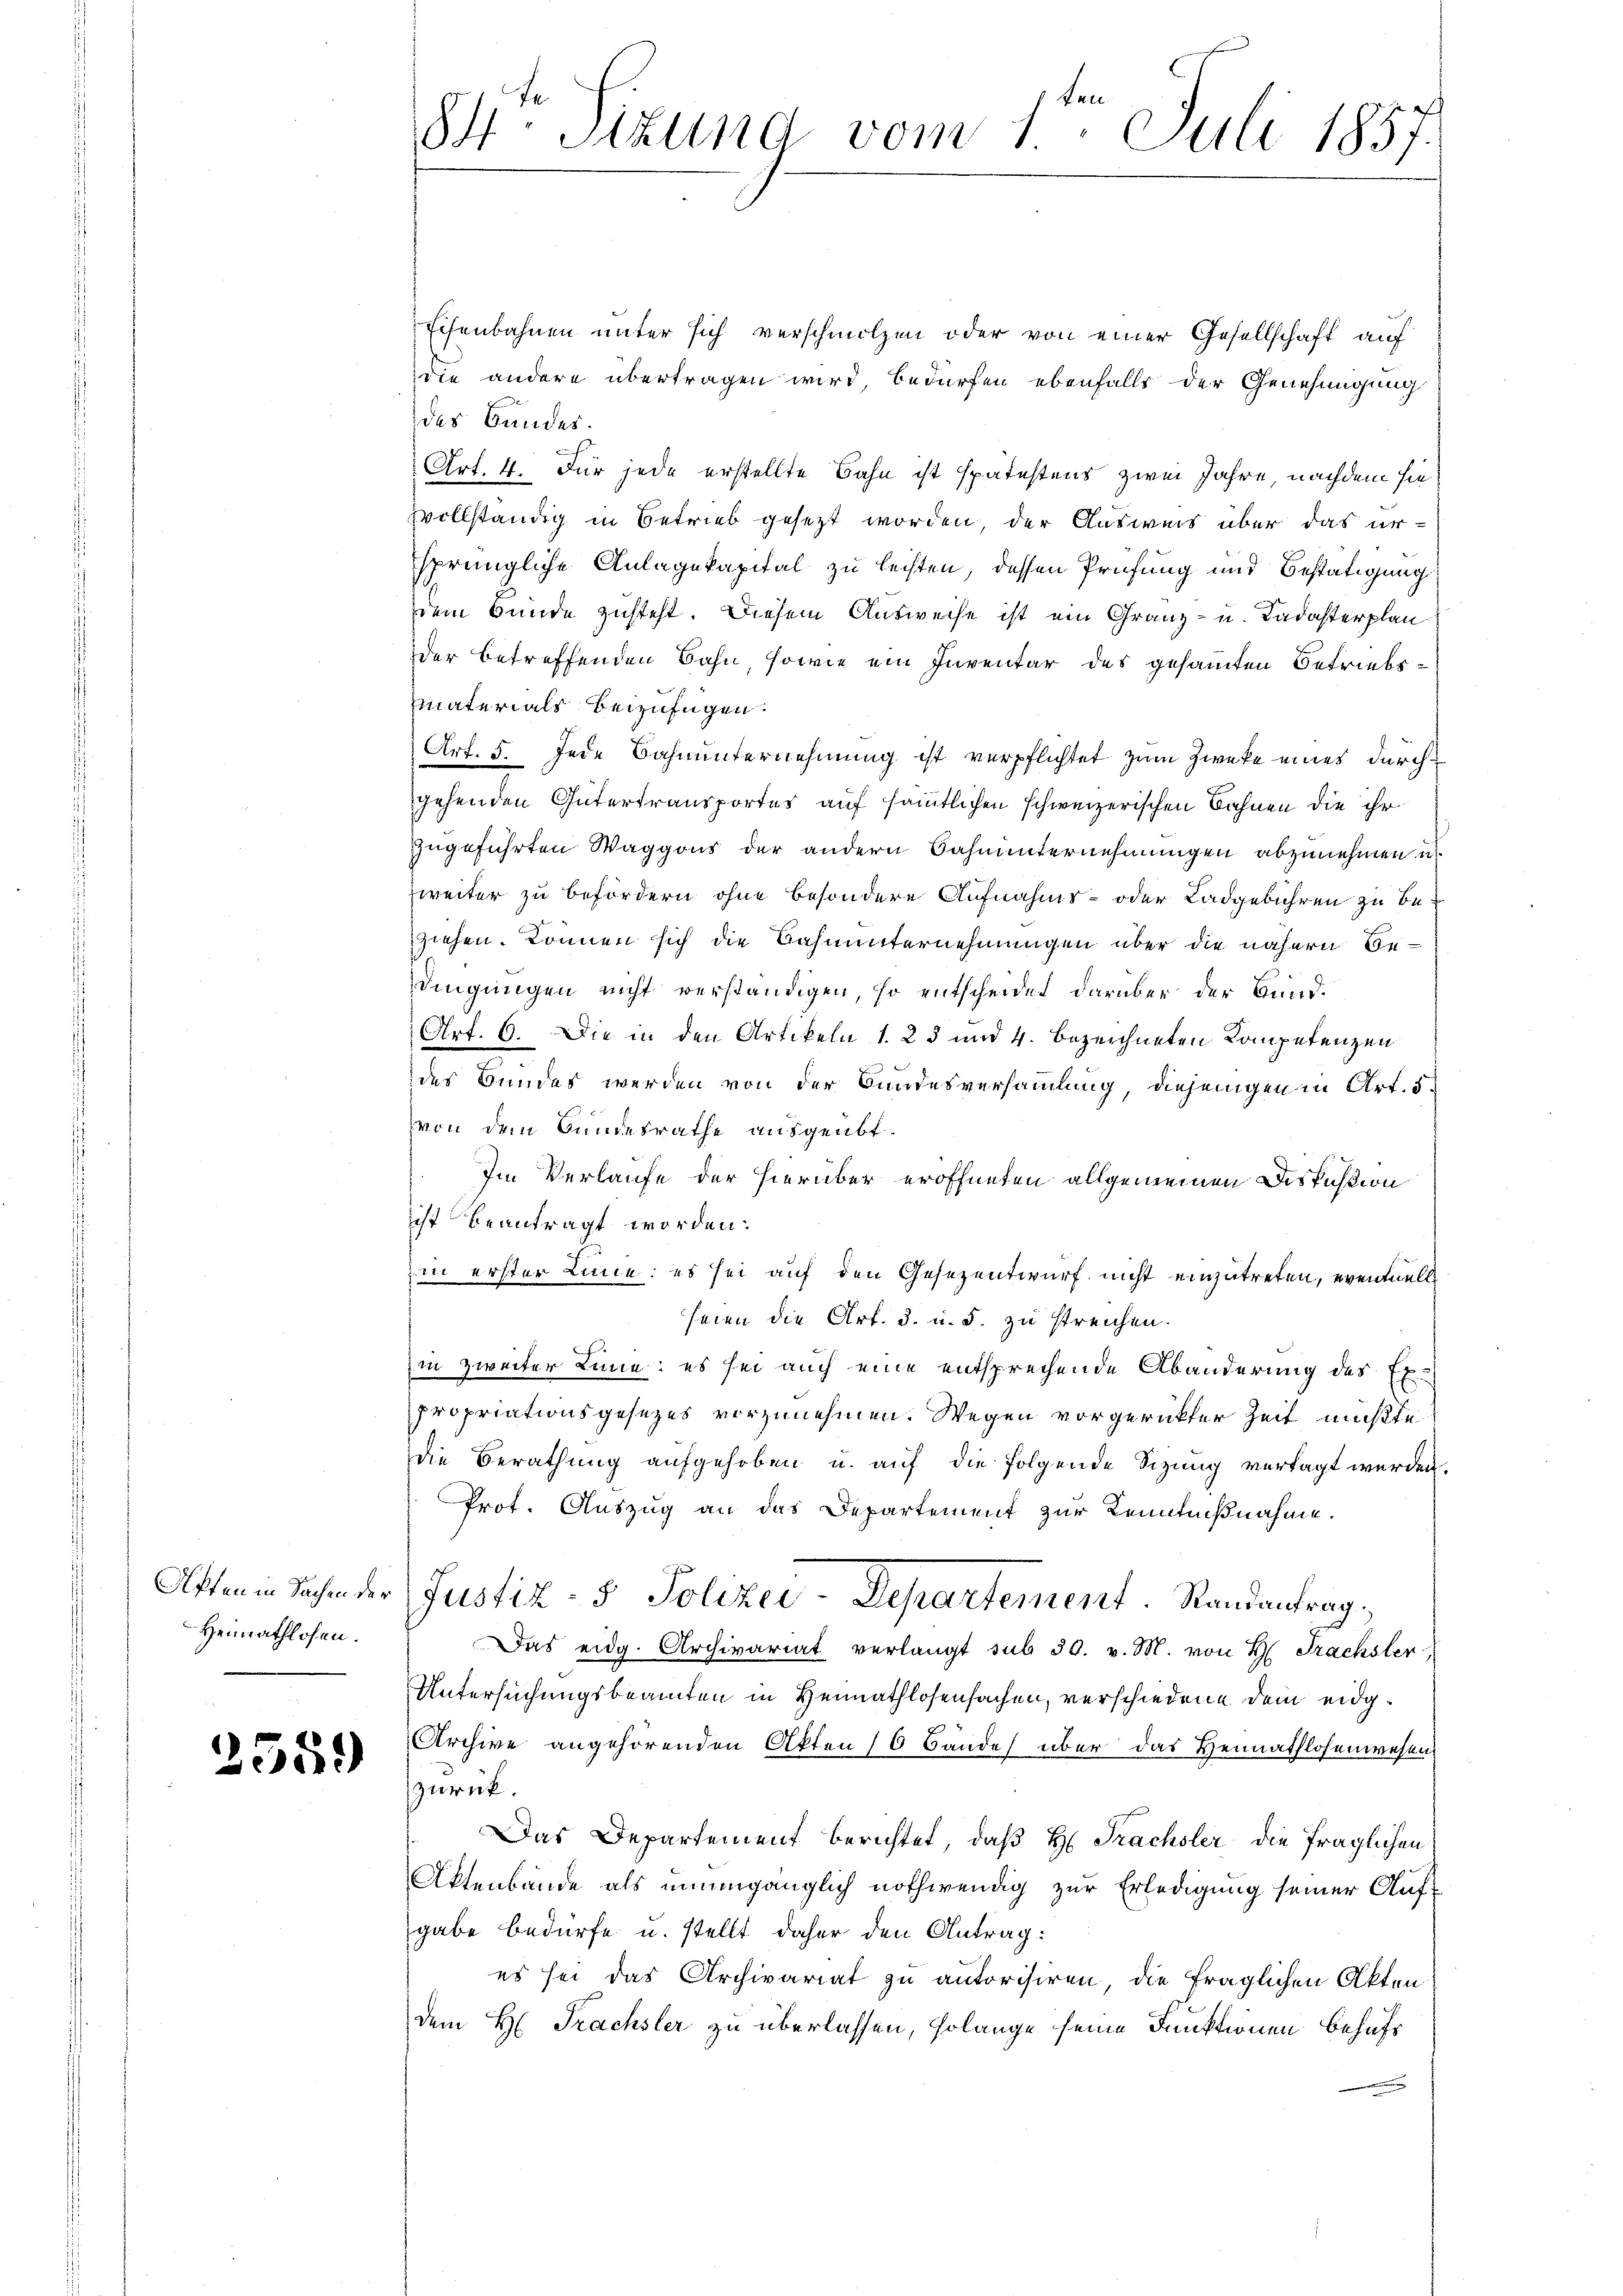
Heimathlosen.

2559)

ten
84. Sitzung vom 1. Juli 1857.

Echenbahnen unter sich verschmolzen oder von einer Gesellschaft auf
die andere übertragen wird, bedürfen ebenfalls der Genehmigung
des Bundes.
Art. 4. Für jede erstellte Bahn ist spätestens zwei Jahre, nachdem sie
svollständig in Betrieb gesezt worden, der Ausweis über das ursprüngliche Anlagekapital zu leisten, dessen Prüfung und Bestätigung
dem Bunde zusteht. Diesem Ausweise ist ein Gränz(...). Badasterplan
der betreffenden Bahn, sowie ein Inventar des gesammten Betriebsmaterials beizufügen.
Art. 5. Jede Bahnunternehmung ist verpflichtet zum Zwecke eines durchgehenden Gütertransportes auf sämmtlichen schweizerischen Bahnen die ihr
zugeführten Waggons der andern Bahnunternehmungen abzunehmen u.
zweiter zu befördern ohne besondere Aufnahms- oder Ladgebühren zu beziehen. Können sich die Bahnunternehmungen über die nähern Bedingungen nicht verständigen, so entscheidet darüber der Bund¬
Art. 6. Die in den Artikeln 1. 23 und 4. bezeichneten Competenzen
des Bundes werden von der Bundesversammlung, diejenigen in Art. 5.
von dem Bundesrathe ausgeübt.
Im Verlaufe der hierüber eröffneten allgemeinen Diskußion
ist beantragt worden.
in erster Linie: es sei auf den Gesezentwurf nicht einzutreten, eventuell
seien die Art. 3. u. s. zu streichen.
in zweiter Linne: es sei auch eine entsprechende Abänderung des Ex
propriationsgesezes vorzunehmen. Wegen vorgerückter Zeit mußte
die Berathung aufgehoben u. auf die folgende Sitzung vertagt werden.
Prot. Auszug an das Departement zur Kenntnißnahme.
Aftein Sachen der Justiz- & Polizei-Departement. Randantrag,
Das eidg. Archivariat verlangt sub 30. v. M. von H. Frachsten
Untersuchungsbeamten in Heimathlosensachen, verschiedene dem eidg¬
Archive angehörenden Akten 16 Bande über das Heimathlosenwesen
zurück.
Das Departement berichtet, daß H. Trachsler die fraglichen
Aktenbände als unumgänglich nothwendig zur Erledigung seiner Aufgabe bedürfe u. stellt daher den Antrag:
es sei das Archivariat zu autorisiren, die fraglichen Akten
dem H. Trachsler zu überlassen, solange seine Funktionen behufs
e